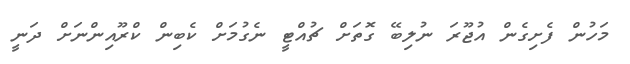
މަހުން ފެށިގެން އުޖޫރަ ނުލިބޭ ގޮތަށް ޗުއްޓީ ނެގުމަށް ކެބިން ކްރޫއިންނަށް ދަނީ